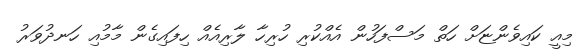
މިއީ ކައިވެންޏަށް ހަތް މަސްފަހުން އެއްކުރި ހުރިހާ ލާރިއެއް ހިފައިގެން މާމުއި ހަނދުވަރު